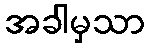
အခါမှသာ